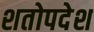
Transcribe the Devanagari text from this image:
शतोपदेश